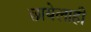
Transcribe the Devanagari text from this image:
छायेलाही